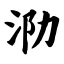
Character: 泐